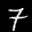
Label: 7